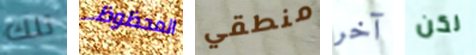
تلك المحظوظ منطقي آخر لكن